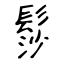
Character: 髿